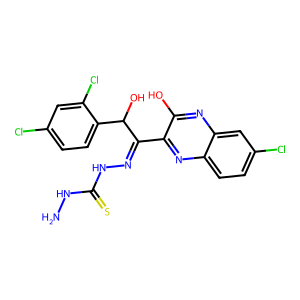
SMILES: NNC(=S)NN=C(c1nc2ccc(Cl)cc2nc1O)C(O)c1ccc(Cl)cc1Cl
Inhibits HIV replication: No